Indian journal of veterinary science and animal husbandry - Volumes 22-23, 1952-1953
Year: 1952
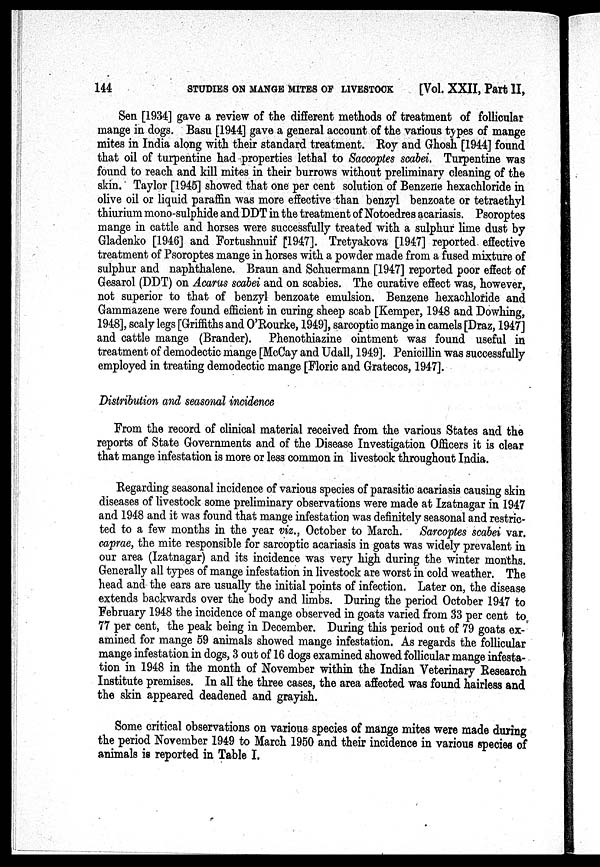
144
STUDIES ON MANGE MITES OF LIVESTOCK
[Vol. XXII, Part II,
Sen [1934] gave a review of the different methods of treatment of follicular
mange in dogs. Basu [1944] gave a general account of the various types of mange
mites in India along with their standard treatment. Roy and Ghosh [1944] found
that oil of turpentine had properties lethal to Saccoptes scabei. Turpentine was
found to reach and kill mites in their burrows without preliminary cleaning of the
skin. Taylor [1945] showed that one per cent solution of Benzene hexachloride in
olive oil or liquid paraffin was more effective than benzyl benzoate or tetraethyl
thiurium mono-sulphide and DDT in the treatment of Notoedres acariasis. Psoroptes
mange in cattle and horses were successfully treated with a sulphur lime dust by
Gladenko [1946] and Fortushnuif [1947]. Tretyakova [1947] reported effective
treatment of Psoroptes mange in horses with a powder made from a fused mixture of
sulphur and naphthalene. Braun and Schuermann [1947] reported poor effect of
Gesarol (DDT) on Acarus scabei and on scabies. The curative effect was, however,
not superior to that of benzyl benzoate emulsion. Benzene hexachloride and
Gammazene were found efficient in curing sheep scab [Kemper, 1948 and Dowhing,
1948], scaly legs [Griffiths and O'Rourke, 1949], sarcoptic mange in camels [Draz, 1947]
and cattle mange (Brander). Phenothiazine ointment was found useful in
treatment of demodectic mange [McCay and Udall, 1949]. Penicillin was successfully
employed in treating demodectic mange [Floric and Gratecos, 1947].
Distribution and seasonal incidence
From the record of clinical material received from the various States and the
reports of State Governments and of the Disease Investigation Officers it is clear
that mange infestation is more or less common in livestock throughout India.
Regarding seasonal incidence of various species of parasitic acariasis causing skin
diseases of livestock some preliminary observations were made at Izatnagar in 1947
and 1948 and it was found that mange infestation was definitely seasonal and restric-
ted to a few months in the year viz., October to March. Sarcoptes scabei var.
caprae, the mite responsible for sarcoptic acariasis in goats was widely prevalent in
our area (Izatnagar) and its incidence was very high during the winter months.
Generally all types of mange infestation in livestock are worst in cold weather. The
head and the ears are usually the initial points of infection. Later on, the disease
extends backwards over the body and limbs. During the period October 1947 to
February 1948 the incidence of mange observed in goats varied from 33 per cent to
77 per cent, the peak being in December. During this period out of 79 goats ex-
amined for mange 59 animals showed mange infestation. As regards the follicular
mange infestation in dogs, 3 out of 16 dogs examined showed follicular mange infesta-
tion in 1948 in the month of November within the Indian Veterinary Research
Institute premises. In all the three cases, the area affected was found hairless and
the skin appeared deadened and grayish.
Some critical observations on various species of mange mites were made during
the period November 1949 to March 1950 and their incidence in various species of
animals is reported in Table I.